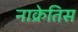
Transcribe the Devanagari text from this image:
नाक्रेतिस